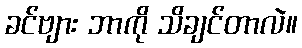
ခင်ဗျား ဘာကို သိချင်တာလဲ။